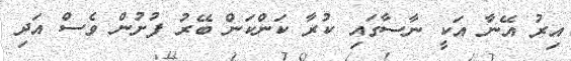
އިރު އޭނާ އަކީ ނާސާގައި ކުރާ ކަންކަން ބޭރު ފުށުން ވެސް އަދި